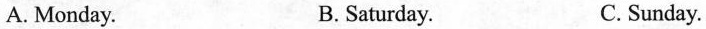
A. Monday. B. Saturday. C. Sunday.